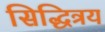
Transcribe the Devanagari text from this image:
सिद्धित्रय